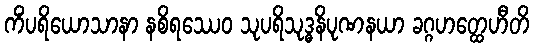
ကိံပရိယောသာနာ နစိရဿေဝ သုပရိသုဒ္ဓနိပုဏနယာ ခဂ္ဂဟတ္ထေဟီတိ